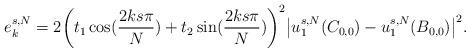
LaTeX: \begin{align*}e_k^{s,N} &= 2\bigg(t_1 \cos(\frac{2ks\pi}{N})+ t_2 \sin(\frac{2ks\pi}{N})\bigg)^2 \big|u_1^{s,N}(C_{0,0}) - u_1^{s,N}(B_{0,0})\big|^2.\end{align*}